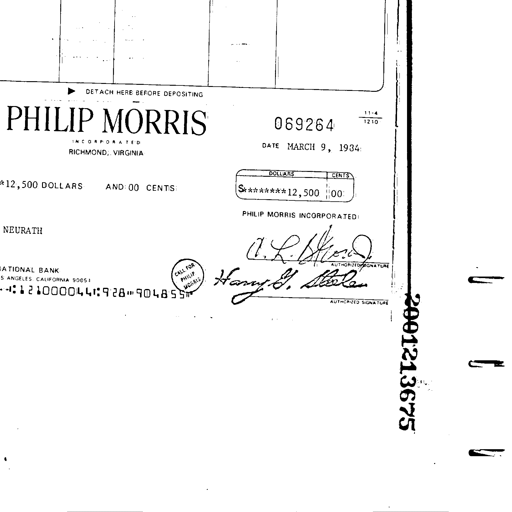
DETACH HERE BEFORE DEPOSITING
PHILIP MORRIS
INCORPORATED
RICHMOND, VIRGINIA
069264
11-4
1210
DATE MARCH 9, 1934
DOLLARS
CENTS
12,500 DOLLARS AND 00 CENTS
$********12,500
00
PHILIP MORRIS INCORPORATED
NEURATH
AUTHORIZED SIGNATURE
NATIONAL BANK
LOS ANGELES CALIFORNIA 90051
CALL FOR PHILIP MORRIS
AUTHORIZED SIGNATURE
121000044: 928-904855
2001213675
A. L. Blond
Harry G. Stolen